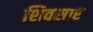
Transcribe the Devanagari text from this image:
शिवसार